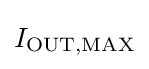
{\textstyle I_{\text{OUT,MAX}}}